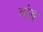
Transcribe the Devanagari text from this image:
वांङ्‌